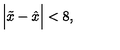
\Big | \tilde { x } - \hat { x } \Big | < 8 ,